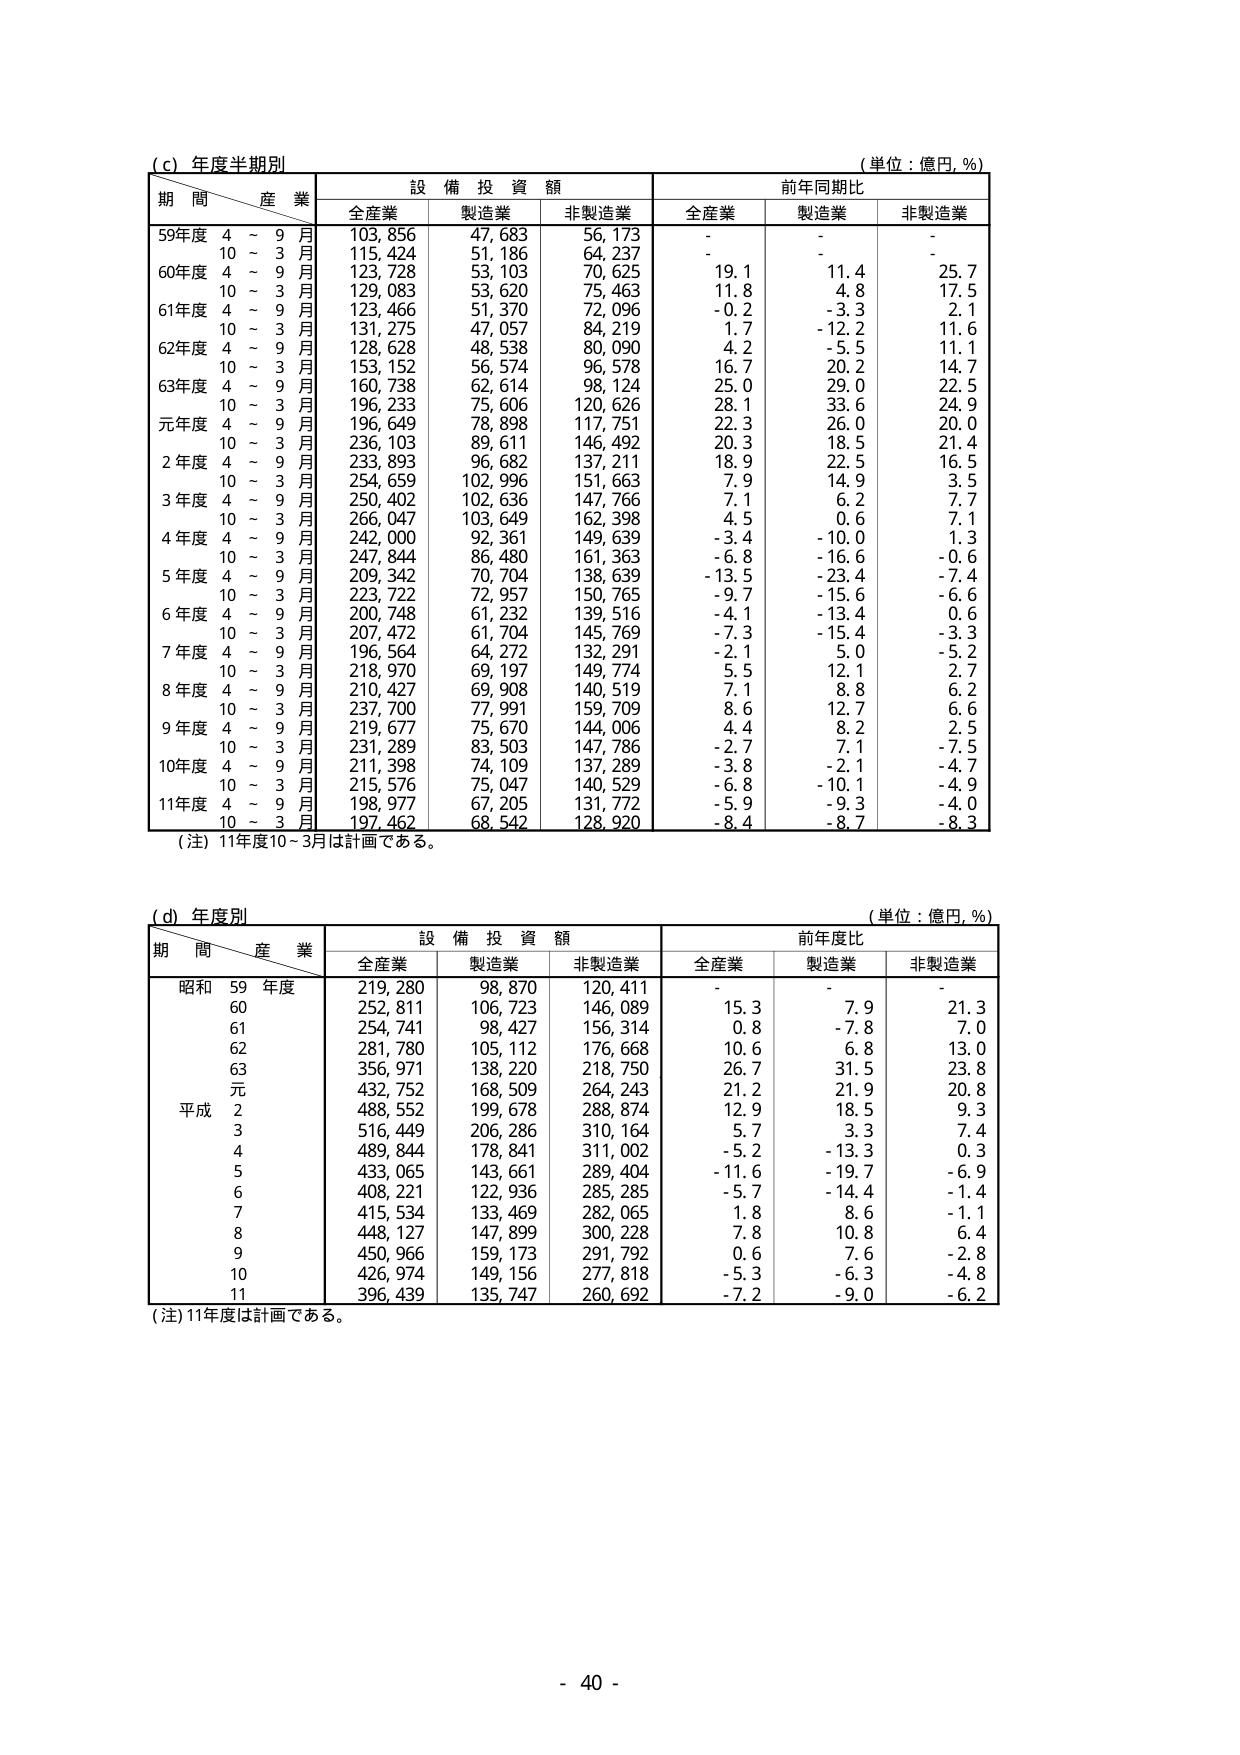
(c) 年度半期別
(単位：億円, %)
期 間 産 業 設 備 投 資 額 前年同期比
全産業 製造業 非製造業 全産業 製造業 非製造業
59年度 4 ~ 9 月 103,856 47,683 56,173 - - -
10 ~ 3 月 115,424 51,186 64,237 - - -
60年度 4 ~ 9 月 123,728 53,103 70,625 19.1 11.4 25.7
10 ~ 3 月 129,083 53,620 75,463 11.8 4.8 17.5
61年度 4 ~ 9 月 123,466 51,370 72,096 -0.2 -3.3 2.1
10 ~ 3 月 131,275 47,057 84,219 1.7 -12.2 11.6
62年度 4 ~ 9 月 128,628 48,538 80,090 4.2 -5.5 11.1
10 ~ 3 月 153,152 56,574 96,578 16.7 20.2 14.7
63年度 4 ~ 9 月 160,738 62,614 98,124 25.0 29.0 22.5
10 ~ 3 月 196,233 75,606 120,626 28.1 33.6 24.9
元年度 4 ~ 9 月 196,649 78,898 117,751 22.3 26.0 20.0
10 ~ 3 月 236,103 89,611 146,492 20.3 18.5 21.4
2 年度 4 ~ 9 月 233,893 96,682 137,211 18.9 22.5 16.5
10 ~ 3 月 254,659 102,996 151,663 7.9 14.9 3.5
3 年度 4 ~ 9 月 250,402 102,636 147,766 7.1 6.2 7.7
10 ~ 3 月 266,047 103,649 162,398 4.5 0.6 7.1
4 年度 4 ~ 9 月 242,000 92,361 149,639 -3.4 -10.0 1.3
10 ~ 3 月 247,844 86,480 161,363 -6.8 -16.6 -0.6
5 年度 4 ~ 9 月 209,342 70,704 138,639 -13.5 -23.4 -7.4
10 ~ 3 月 223,722 72,957 150,765 -9.7 -15.6 -6.6
6 年度 4 ~ 9 月 200,748 61,232 139,516 -4.1 -13.4 0.6
10 ~ 3 月 207,472 61,704 145,769 -7.3 -15.4 -3.3
7 年度 4 ~ 9 月 196,564 64,272 132,291 -2.1 5.0 -5.2
10 ~ 3 月 218,970 69,197 149,774 5.5 12.1 2.7
8 年度 4 ~ 9 月 210,427 69,908 140,519 7.1 8.8 6.2
10 ~ 3 月 237,700 77,991 159,709 8.6 12.7 6.6
9 年度 4 ~ 9 月 219,677 75,670 144,006 4.4 8.2 2.5
10 ~ 3 月 231,289 83,503 147,786 -2.7 7.1 -7.5
10年度 4 ~ 9 月 211,398 74,109 137,289 -3.8 -2.1 -4.7
10 ~ 3 月 215,576 75,047 140,529 -6.8 -10.1 -4.9
11年度 4 ~ 9 月 198,977 67,205 131,772 -5.9 -9.3 -4.0
10 ~ 3 月 197,462 68,542 128,920 -8.4 -8.7 -8.3
(注) 11年度10~3月は計画である。

(d) 年度別
(単位：億円, %)
期 間 産 業 設 備 投 資 額 前年度比
全産業 製造業 非製造業 全産業 製造業 非製造業
昭和 59 年度 219,280 98,870 120,411 - - -
60 252,811 106,723 146,089 15.3 7.9 21.3
61 254,741 98,427 156,314 0.8 -7.8 7.0
62 281,780 105,112 176,668 10.6 6.8 13.0
63 356,971 138,220 218,750 26.7 31.5 23.8
元 432,752 168,509 264,243 21.2 21.9 20.8
平成 2 488,552 199,678 288,874 12.9 18.5 9.3
3 516,449 206,286 310,164 5.7 3.3 7.4
4 489,844 178,841 311,002 -5.2 -13.3 0.3
5 433,065 143,661 289,404 -11.6 -19.7 -6.9
6 408,221 122,936 285,285 -5.7 -14.4 -1.4
7 415,534 133,469 282,065 1.8 8.6 -1.1
8 448,127 147,899 300,228 7.8 10.8 6.4
9 450,966 159,173 291,792 0.6 7.6 -2.8
10 426,974 149,156 277,818 -5.3 -6.3 -4.8
11 396,439 135,747 260,692 -7.2 -9.0 -6.2
(注) 11年度は計画である。

- 40 -